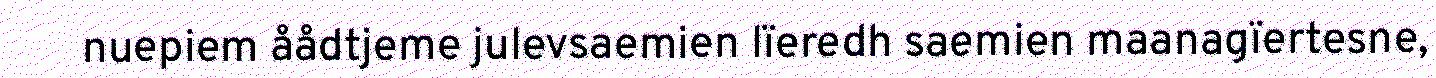
nuepiem åådtjeme julevsaemien lïeredh saemien maanagïertesne,